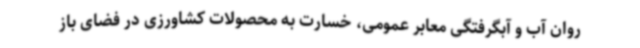
روان آب و آبگرفتگی معابر عمومی، خسارت به محصولات کشاورزی در فضای باز